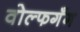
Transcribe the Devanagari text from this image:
वोल्फगँग